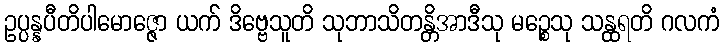
ဥပ္ပန္နပီတိပါမောဇ္ဇော ယက် ဒိဗ္ဗေသူတိ သုဘာသိတန္တိအာဒီသု မဉ္စေသု သန္ထရတိ ဂလကံ